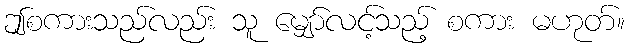
ဤစကားသည်လည်း သူ မျှော်လင့်သည့် စကား မဟုတ်။